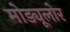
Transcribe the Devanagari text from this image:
मोड्यूलोर